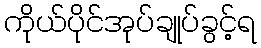
ကိုယ်ပိုင်အုပ်ချုပ်ခွင့်ရ